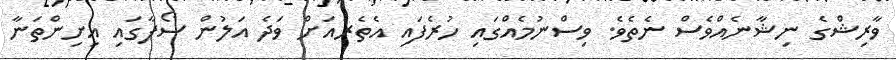
ވާރިޝްގެ ނިޝާނެއްވެސް ނެތެވެ. ވިސްނުމެއްގައި ހުރެފައި އެތެރެއަށް ވަދެ އަލުން ސޯފާގައި އިށިންތަނާ